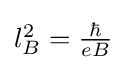
{\textstyle l_{B}^{2}={\frac {\hbar }{eB}}}